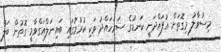
މިސުވާލު މިގޮތަށް އުފައްދަނީ ކަނޑުގެ ސަރަހައްދު ވަކި ކުރުމުގައި ބައިނަލްއަގްވާމީ ގޮތުން ބަލާ